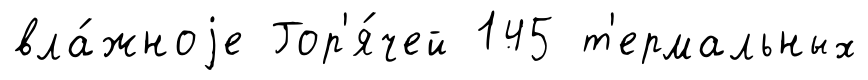
вла́жноjе Гор'я́чей 145 т'ермальных